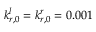
k _ { r , 0 } ^ { l } = k _ { r , 0 } ^ { r } = 0 . 0 0 1